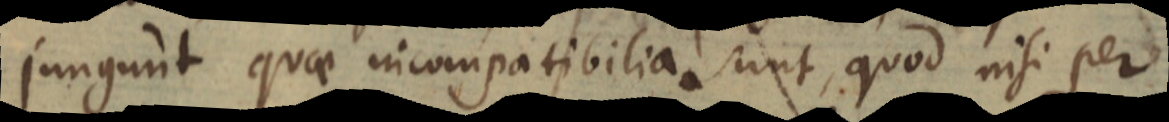
jungunt quae incompatibilia sunt, quod nisi per